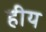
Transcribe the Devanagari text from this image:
हीय